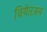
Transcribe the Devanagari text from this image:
वियेतअन